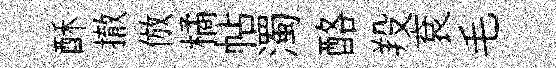
酥撤倣橘帖濁酪羖袞毛